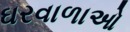
ઘરવાળાઓ